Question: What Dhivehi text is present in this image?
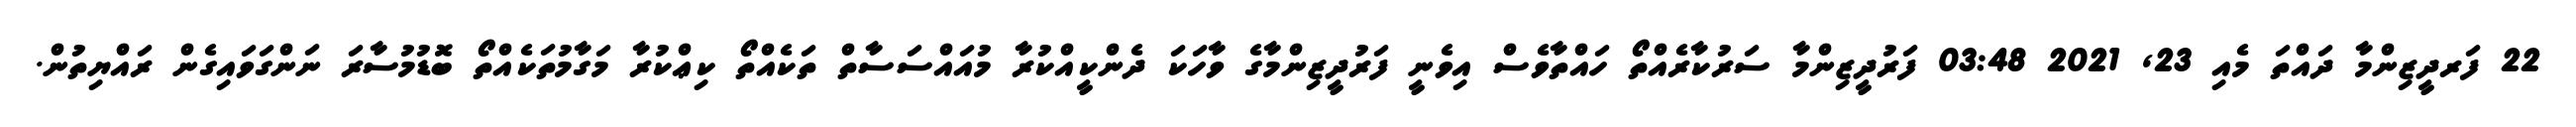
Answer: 22 ފަރދީޒިންމާ ދައްތަ މެއި 23, 2021 03:48 ފަރުދީޒިންމާ ސަރުކާރެއްތޯ ހައްތާވެސް އިވެނީ ފަރުދީޒިންމާގެ ވާހަކަ ދެންކީއްކުރާ މުއައްސަސާތް ތަކެއްތޯ ކިޢްކުރާ މަގާމުތަކެއްތޯ ބޮޑުމުސާރަ ނަންގަވައިގެން ރައްޔިތުން.